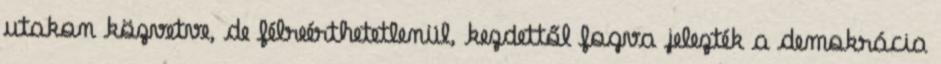
utakon közvetve, de félreérthetetlenül, kezdettől fogva jelezték a demokrácia